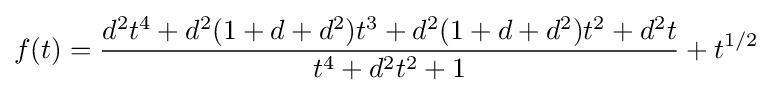
f(t)={{d^{2}t^{4}+d^{2}(1+d+d^{2})t^{3}+d^{2}(1+d+d^{2})t^{2}+d^{2}t} \over {t^{4}+d^{2}t^{2}+1}}+t^{1/2}